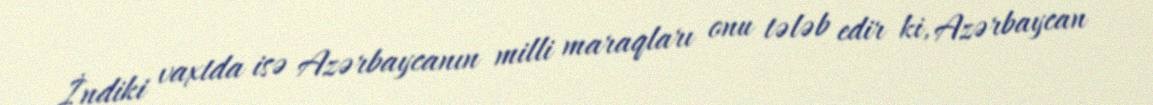
İndiki vaxtda isə Azərbaycanın milli maraqları onu tələb edir ki, Azərbaycan